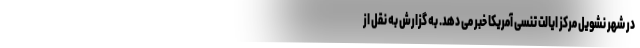
در شهر نشویل مرکز ایالت تنسی آمریکا خبر می دهد. به گزارش به نقل از